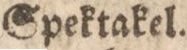
Spektakel.